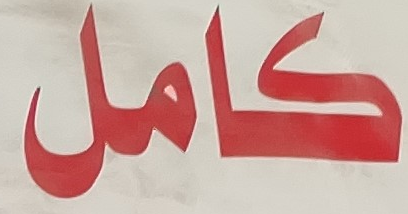
كامل